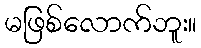
မဖြစ်လောက်ဘူး။